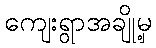
ကျေးရွာအချို့မှ